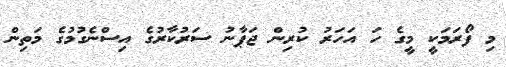
މި ފޯރަމަކީ މީގެ ހަ އަހަރު ކުރިން ޖަޕާނު ސަރުކާރުގެ އިސްނެގުމުގެ މަތިން